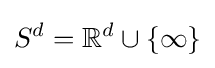
S^{d}=\mathbb {R} ^{d}\cup \{\infty \}